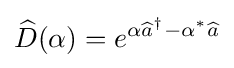
{\widehat {D}}(\alpha )=e^{\alpha {\widehat {a}}^{\dagger }-\alpha ^{*}{\widehat {a}}}